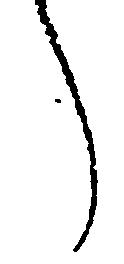
々